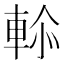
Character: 𮝑